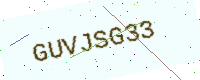
Text: GUVJSG33